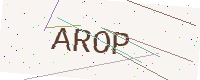
Text: AROP